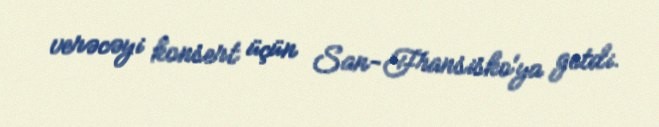
verəcəyi konsert üçün San-Fransisko'ya getdi.